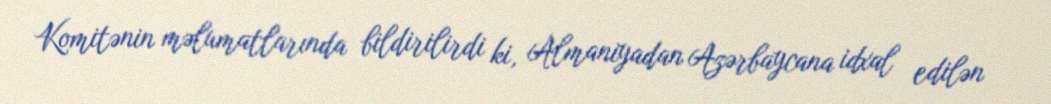
Komitənin məlumatlarında bildirilirdi ki, Almaniyadan Azərbaycana idxal edilən